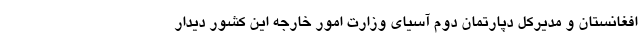
افغانستان و مدیرکل دپارتمان دوم آسیای وزارت امور خارجه این کشور دیدار